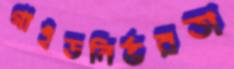
গাইডনির্ভরতা